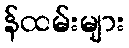
န်ထမ်းများ